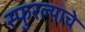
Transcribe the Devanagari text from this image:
स्फुरल्याचे